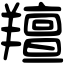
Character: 羶